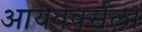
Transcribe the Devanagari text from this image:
आयवर्क्सला